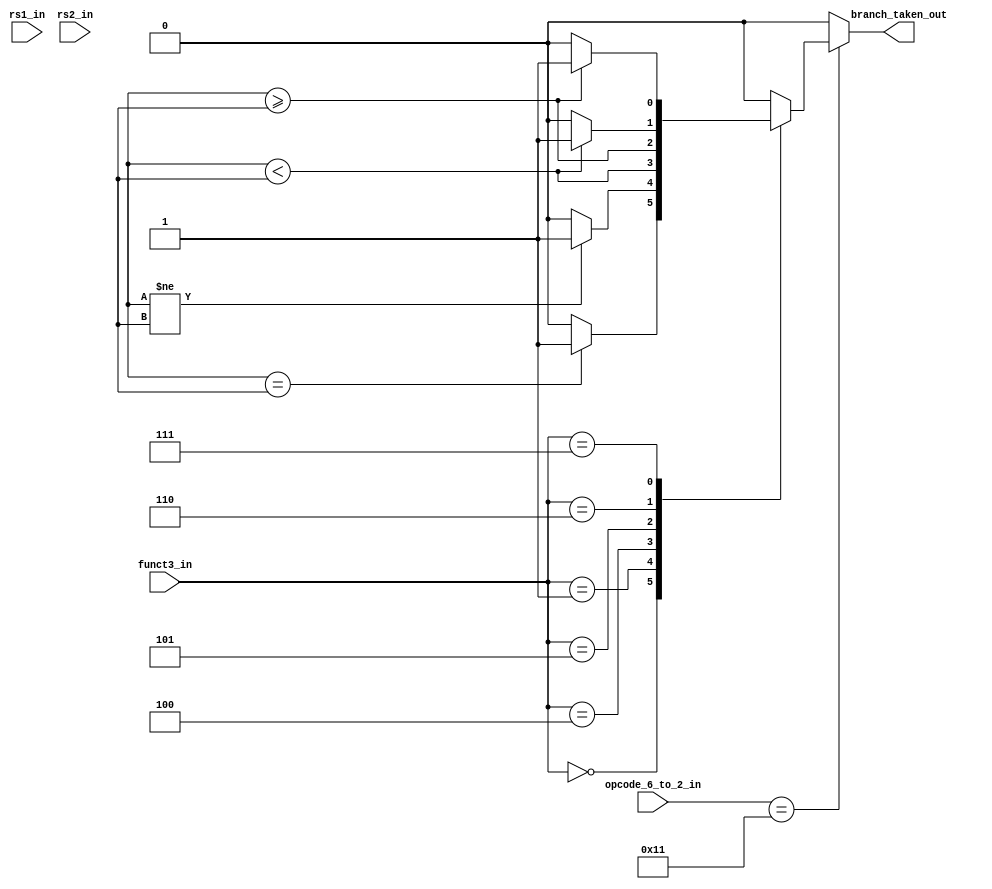
module rv32_branch_unit(
    input [31:0] rs1_in,
    input [31:0] rs2_in,
    input [4:0]  opcode_6_to_2_in,
    input [2:0]  funct3_in,
    output wire branch_taken_out
);

parameter BRANCH = 5'b110001;
//parameter JUMP_AND_LINK = 5'b110111;
//parameter JUMP_AND_LINK_REG = 5'b110011;

always @(*)
begin
    if(opcode_6_to_2_in == BRANCH)
    begin
        case(funct3_in)
          3'b000 : branch_taken_out = (rs1 == rs2)  ? 1'b1 : 1'b0;
          3'b001 : branch_taken_out = (rs1 != rs2)  ? 1'b1 : 1'b0;
          3'b100 : branch_taken_out = (rs1[31] ^ rs2[31])  ? 1'b1 : rs1 < rs2;
          3'b101 : branch_taken_out = (rs1[31] ^ rs2[31])  ? 1'b1 : rs1 >= rs2;
          3'b110 : branch_taken_out = rs1 < rs2  ? 1'b1 : 1'b0;
          3'b111 : branch_taken_out = rs1 >= rs2 ? 1'b1 : 1'b0;

          default : branch_taken_out = 1'b0;
        endcase
    end
    //else if(opcode_6_to_2_in == JUMP_AND_LINK | opcode_6_to_2_in == JUMP_AND_LINK_REG)
    //    branch_taken_out = 1'b1;
    else
        branch_taken_out = 1'b0;
end


endmodule